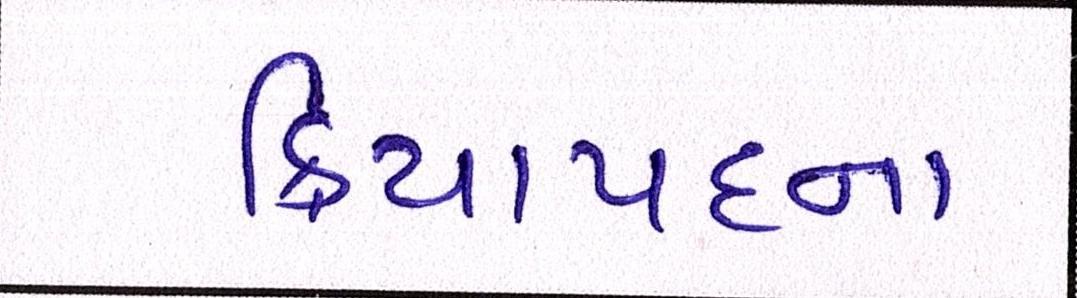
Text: ક્રિયાપદના